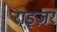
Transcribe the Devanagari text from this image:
राइज़र